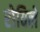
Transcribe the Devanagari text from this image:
रोविले